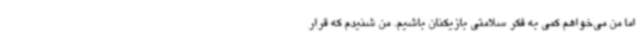
اما من می‌خواهم کمی به فکر سلامتی بازیکنان باشیم. من شنیدم که قرار